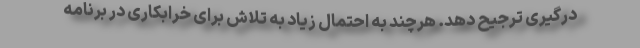
درگیری ترجیح دهد. هرچند به احتمال زیاد به تلاش برای خرابکاری در برنامه